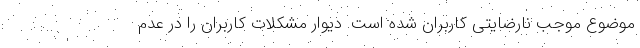
موضوع موجب نارضایتی کاربران شده است. دیوار مشکلات کاربران را در عدم